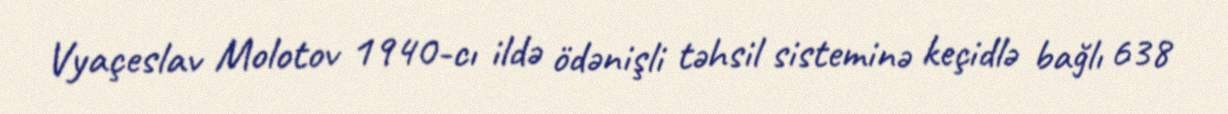
Vyaçeslav Molotov 1940-cı ildə ödənişli təhsil sisteminə keçidlə bağlı 638